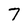
Character: 7